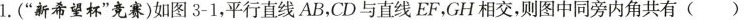
1.(”新希望杯”竞赛)如图3-1，平行直线AB，CD与直线EF，GH相交，则图中同旁内角共有( )